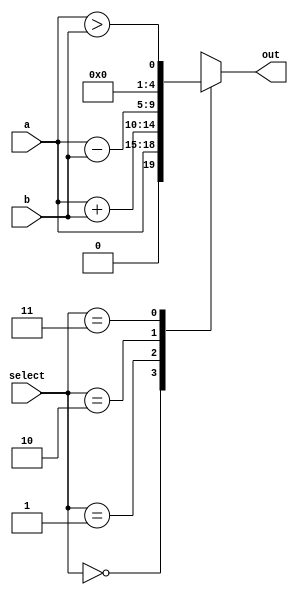
module ALU(a, b, select, out);
input [3:0] a, b;
input [1:0] select;
output [4:0] out;
reg [4:0] out;

always @(select) begin
	casex(select)
		2'b00 : out <= a;
		2'b01 : out <= a + b;
		2'b10 : out <= a - b;
		2'b11 : out <= (a > b);
	endcase
end
endmodule